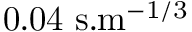
\mathrm { 0 . 0 4 ~ s . m ^ { - 1 / 3 } }